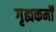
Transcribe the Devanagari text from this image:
गृह्यकर्मों